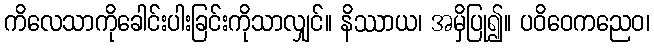
ကိလေသာကိုခေါင်းပါးခြင်းကိုသာလျှင်။ နိဿာယ၊ အမှိပြု၍။ ပဝိဝေကညေဝ၊